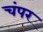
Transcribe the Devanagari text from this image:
चंपर